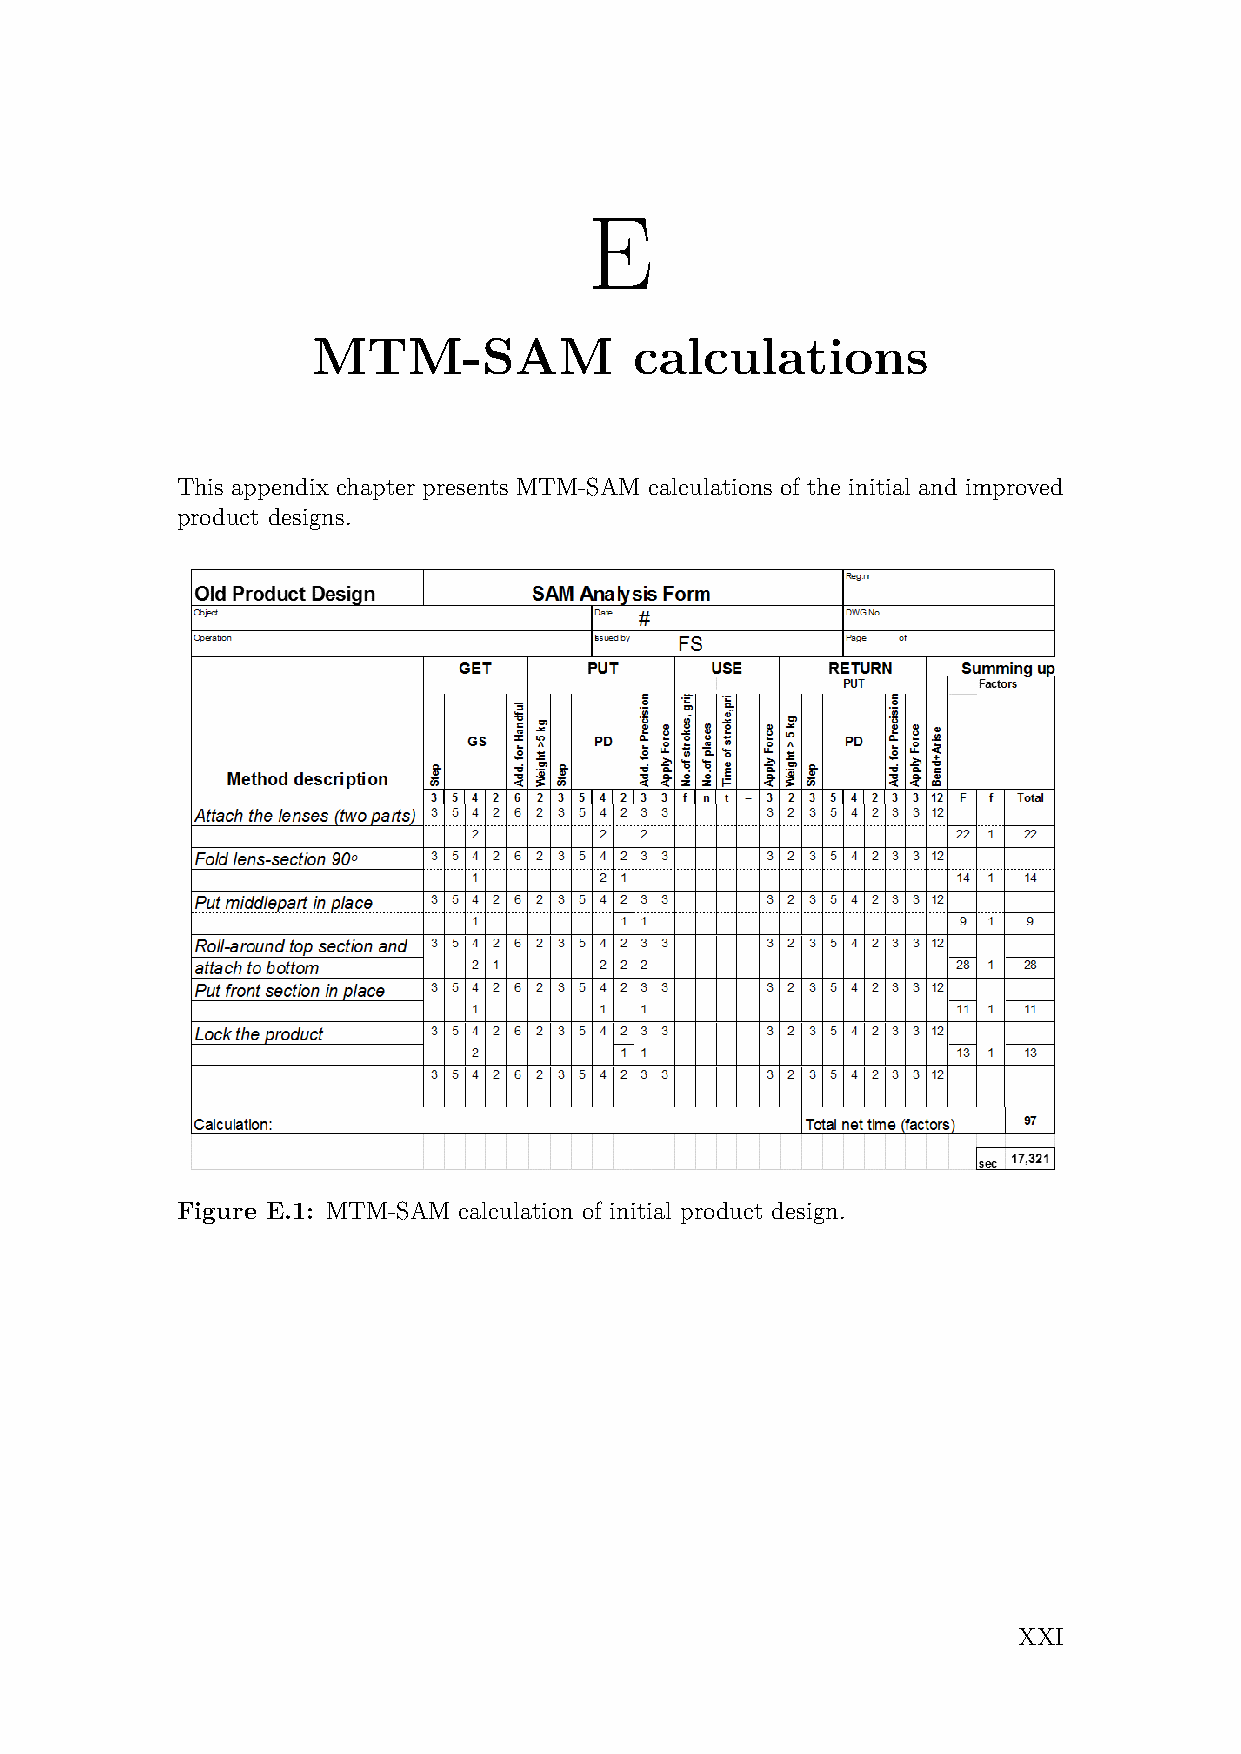
E
 MTM-SAM              calculations
 This appendix chapter presents MTM-SAM calculations of the initial and improved
 product designs.
 Figure E.1: MTM-SAM calculation of initial product design.
 XXI